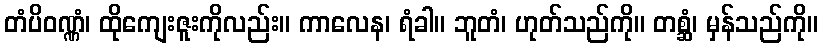
တံပိဝဏ္ဏံ၊ ထိုကျေးဇူးကိုလည်း။ ကာလေန၊ ရံခါ။ ဘူတံ၊ ဟုတ်သည်ကို။ တစ္ဆံ၊ မှန်သည်ကို။